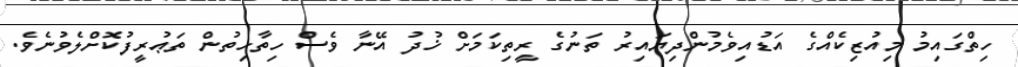
ހިތްގައިމު މިއުޒިކެއްގެ އަޑުއިވެމުންދިޔައިރު ތަނުގެ ރީތިކަމަށް ޚުދު އޭނާ ވެސް ހިތާހިތުން ތަޢުރީފުކޮށްލެވުނެވެ.